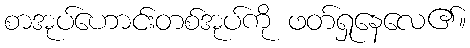
စာအုပ်ဟောင်းတစ်အုပ်ကို ဖတ်ရှုနေလေ၏။